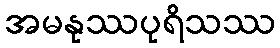
အမနုဿပုရိသဿ